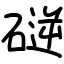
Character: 磀